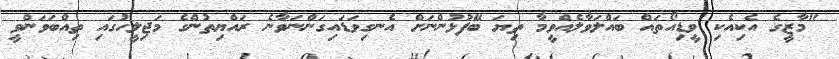
"މާޒީގެ އެކިއެކި ވީޑިއޯތައް ބައްލަވާލެއްވީމާ ތިޔަ ބޭފުޅުންނަށް އެނގިވަޑައިގަންނަވާނެ ރައްޔިތުންގެ މަޖިލީހުގައި ތިއްބަވަންވީ